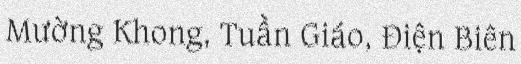
Mường Khong, Tuần Giáo, Điện Biên